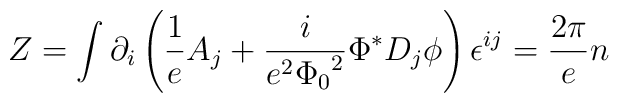
Z = \int \partial_i\left(\frac{1}{e}A_j + \frac{i}{e^2{\Phi_0}^2}{\Phi}^*D_j\phi \right)\epsilon^{ij} = \frac{2\pi}{e}n